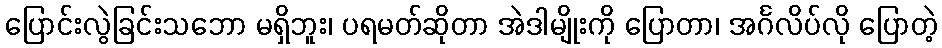
ပြောင်းလွဲခြင်းသဘော မရှိဘူး၊ ပရမတ်ဆိုတာ အဲဒါမျိုးကို ပြောတာ၊ အင်္ဂလိပ်လို ပြောတဲ့